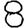
Digit: 8